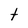
Character: t